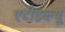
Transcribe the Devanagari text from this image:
एटीडब्ल्यू